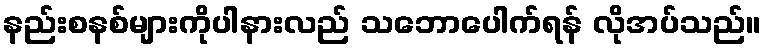
နည်းစနစ်များကိုပါနားလည် သဘောပေါက်ရန် လိုအပ်သည်။